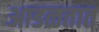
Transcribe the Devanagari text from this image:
अाडळतात